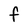
Character: F